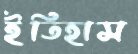
ইতিহাস